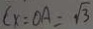
C _ { x } = O A = \sqrt { 3 }